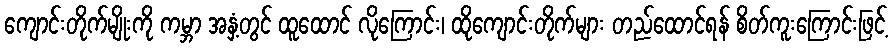
ကျောင်းတိုက်မျိုးကို ကမ္ဘာ အနှံ့တွင် ထူထောင် လိုကြောင်း၊ ထိုကျောင်းတိုက်များ တည်ထောင်ရန် စိတ်ကူးကြောင်းဖြင့်